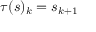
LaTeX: \tau ( s ) _ { k } = s _ { k + 1 }